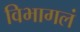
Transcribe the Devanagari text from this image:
विभागलं